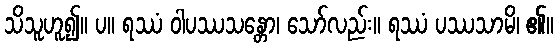
သိသူဟူ၍။ ပ။ ရဿံ ဝါပဿသန္တော၊ သော်လည်း။ ရဿံ ပဿသာမိ၊ ၏။